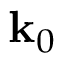
\mathbf { k } _ { 0 }